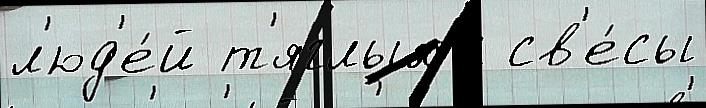
л'юд'е́й т'яглых г св'е́сы